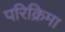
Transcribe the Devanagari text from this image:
परिक्रिमा